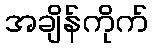
အချိန်ကိုက်